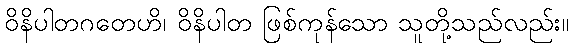
ဝိနိပါတဂတေဟိ၊ ဝိနိပါတ ဖြစ်ကုန်သော သူတို့သည်လည်း။